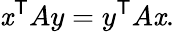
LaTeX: \mathit{x}^{\mathsf{{T}}}Ay=y^{\mathsf{{T}}}A\mathit{x}.